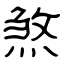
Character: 煞